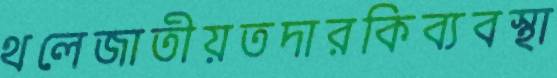
থলেজাতীয়তদারকিব্যবস্থা